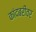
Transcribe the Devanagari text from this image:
कांदबरीवर